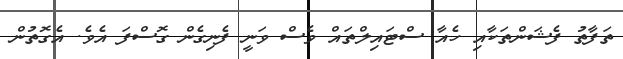
ތަފާތު ފެޝަންތަކާއި ހެއާ ސްޓައިލްތައް ވެސް ވަނީ ފެނިގެން ގޮސްފަ އެވެ. އެގޮތުން